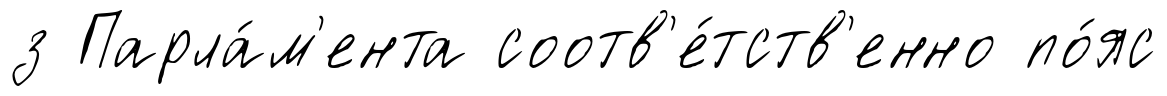
з Парла́м'ента соотв'е́тств'енно по́яс